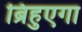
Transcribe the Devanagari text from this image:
ब्रिहुएगा